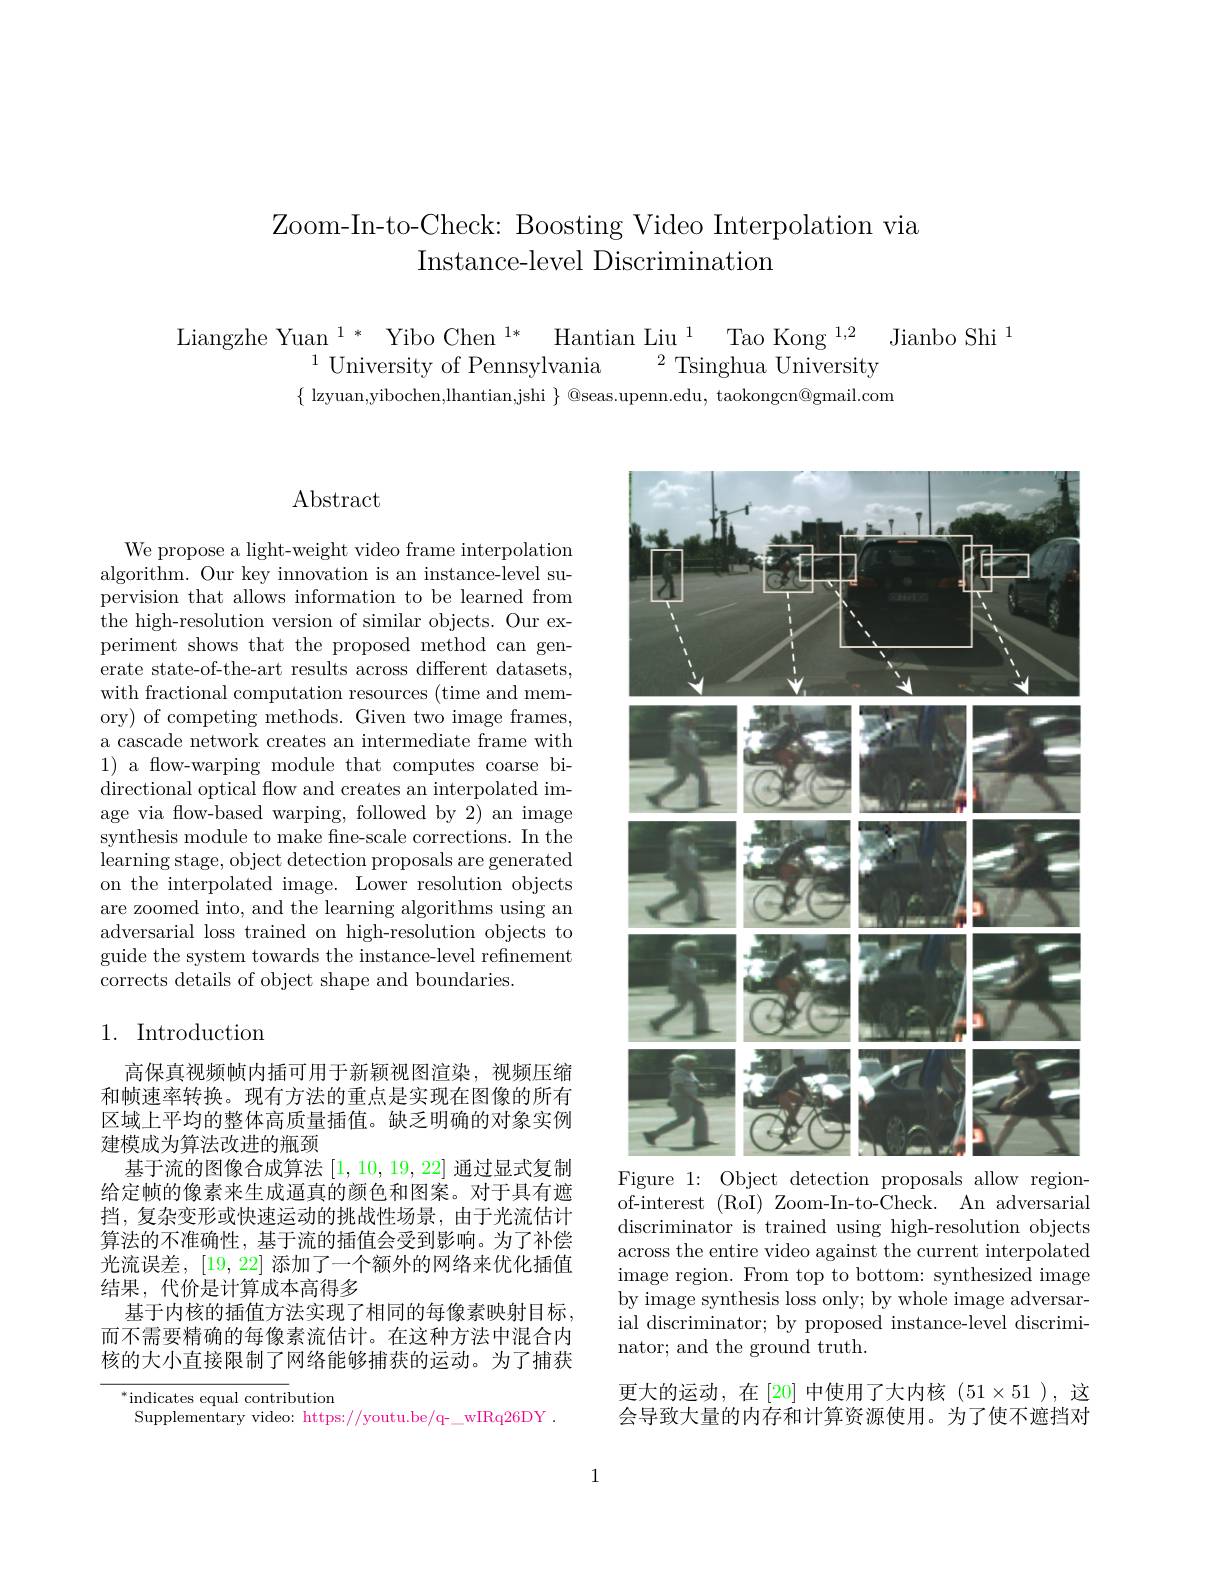
# Zoom-In-to-Check: Boosting Video Interpolation via Instance-level Discrimination

$\begin{array}{c}{\mathrm{Liangzhe~Yuan~}^{1*}\text{ Yibo Chen}^{1*}\text{Hantian Liu}^{1}\text{Tao Kong}^{1,2}\text{Jianbo Shi}^{1}}\\{^{1}\text{University of Pennsylvania}^{2}\text{Tsinghua University}}\end{array}$
$\{$ lzyuan,yibochen,lhantian,jshi $\}$ @seas.upenn.edu, taokongcn@gmail.com

## Abstract

We propose a light-weight video frame interpolation algorithm. Our key innovation is an instance-level supervision that allows information to be learned from the high-resolution version of similar objects. Our experiment shows that the proposed method can generate state-of-the-art results across different datasets, with fractional computation resources (time and memory) of competing methods. Given two image frames, a cascade network creates an intermediate frame with 1) a flow-warping module that computes coarse bidirectional optical flow and creates an interpolated image via flow-based warping, followed by 2) an image synthesis module to make fne-scale corrections. In the learning stage, object detection proposals are generated on the interpolated image. Lower resolution objects are zoomed into, and the learning algorithms using an adversarial loss trained on high-resolution objects to guide the system towards the instance-level refinement corrects details of object shape and boundaries.

# 1. Introduction

高保真视频帧内插可用于新颖视图渲染，视频压缩和帧速率转换。现有方法的重点是实现在图像的所有区域上平均的整体高质量插值。缺乏明确的对象实例建模成为算法改进的瓶颈
基于流的图像合成算法[1,10,19,22]通过显式复制给定帧的像素来生成逼真的颜色和图案。对于具有遮挡，复杂变形或快速运动的挑战性场景，由于光流估计算法的不准确性，基于流的插值会受到影响。为了补偿光流误差，[19,22]添加了一个额外的网络来优化插值结果，代价是计算成本高得多
基于内核的插值方法实现了相同的每像素映射目标， 而不需要精确的每像素流估计。在这种方法中混合内核的大小直接限制了网络能够捕获的运动。为了捕获

$^*$indicates equal contribution
Supplementary video: https://youtu.be/q-\_wIRq26DY .

<FigureHere>
Figure 1: Object detection proposals allow region-

of-interest (RoI) Zoom-In-to-Check. An adversarial discriminator is trained using high-resolution objects across the entire video against the current interpolated image region. From top to bottom: synthesized image by image synthesis loss only; by whole image adversarial discriminator; by proposed instance-level discriminator; and the ground truth.

更大的运动，在[20]中使用了大内核(51$\times51),这$ 会导致大量的内存和计算资源使用。为了使不遮挡对

1